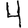
Digit: 4